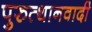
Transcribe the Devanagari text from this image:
पुरुत्थानवादी